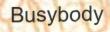
Busybody